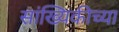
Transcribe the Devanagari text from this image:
सांख्यिकीच्या